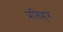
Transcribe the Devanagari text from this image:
प्रतिहर